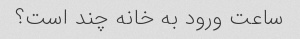
ساعت ورود به خانه چند است؟